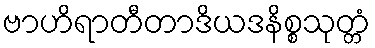
ဗာဟိရာတီတာဒိယဒနိစ္စသုတ္တံ